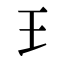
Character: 𤣩